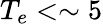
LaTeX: T_{e}<\sim 5